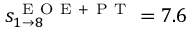
s _ { 1 \rightarrow 8 } ^ { \mathrm { ~ E ~ O ~ E ~ + ~ P ~ T ~ } } = 7 . 6